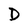
Character: D